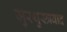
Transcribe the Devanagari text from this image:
जुरथुस्त्रवाद